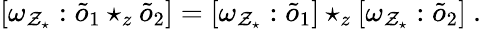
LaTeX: [\omega_{{\cal Z}_{\star}}:\tilde{o}_{1}\star_{z}\tilde{o}_{2}]=[\omega_{{\cal Z}_{\star}}:\tilde{o}_{1}]\star_{z}[\omega_{{\cal Z}_{\star}}:\tilde{o}_{2}]~.